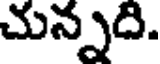
చున్నది.